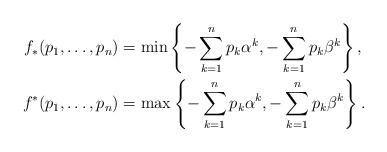
LaTeX: \begin{align*}f_*(p_1,\dots,p_n) &= \min\left\{-\sum_{k=1}^n p_k \alpha^k, -\sum_{k=1}^n p_k \beta^k\right\},\\f^*(p_1,\dots,p_n) &= \max\left\{-\sum_{k=1}^n p_k \alpha^k, -\sum_{k=1}^n p_k \beta^k\right\}.\end{align*}